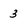
Character: 3